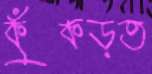
কুঁকড়ত